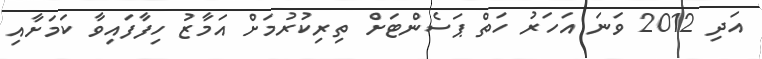
އަދި 2012 ވަނަ އަހަރު ހަތް ޕަސެންޓަށް ތިރިކުރުމަށް އަމާޒު ހިފާފައިވާ ކަމަށާއި